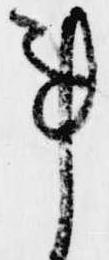
事